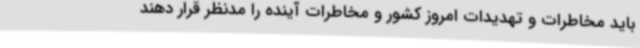
باید مخاطرات و تهدیدات امروز کشور و مخاطرات آینده را مدنظر قرار دهند